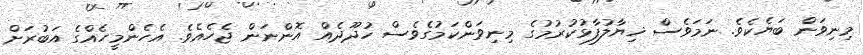
މިނިވަން ބަޔެކެވެ. ނަމަވެސް ޚިޔާލުފާޅުކުރުމުގެ މިނިވަންކަމުގެވެސް ހުދޫދެއް އޮންނަން ޖެހެއެވެ. އެހެންމީހެއްގެ އަބުރަށް